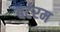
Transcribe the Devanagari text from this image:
बर्टरम